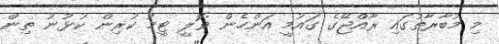
މި މުބާރާތުގައި ރާއްޖޭގެ ގައުމީ އަންހެން ވޮލީ ޓީމު ކުރިން ކުޅުނު ތިން